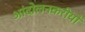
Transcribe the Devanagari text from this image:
आंदोलनकरीयों